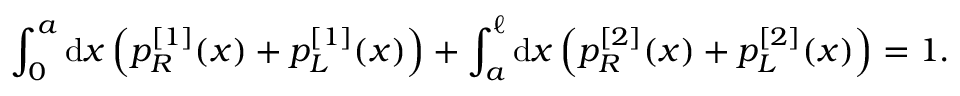
\int _ { 0 } ^ { a } \mathrm { d } x \left( p _ { R } ^ { [ 1 ] } ( x ) + p _ { L } ^ { [ 1 ] } ( x ) \right) + \int _ { a } ^ { \ell } \mathrm { d } x \left( p _ { R } ^ { [ 2 ] } ( x ) + p _ { L } ^ { [ 2 ] } ( x ) \right) = 1 .